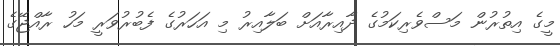
މީގެ އިތުރުން މަސްވެރިކަމުގެ ދާއިރާއަށް ބަލާއިރު މި އަހަރުގެ ފެބުރުވަރީ މަހު ރާއްޖޭގެ